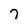
Character: 7